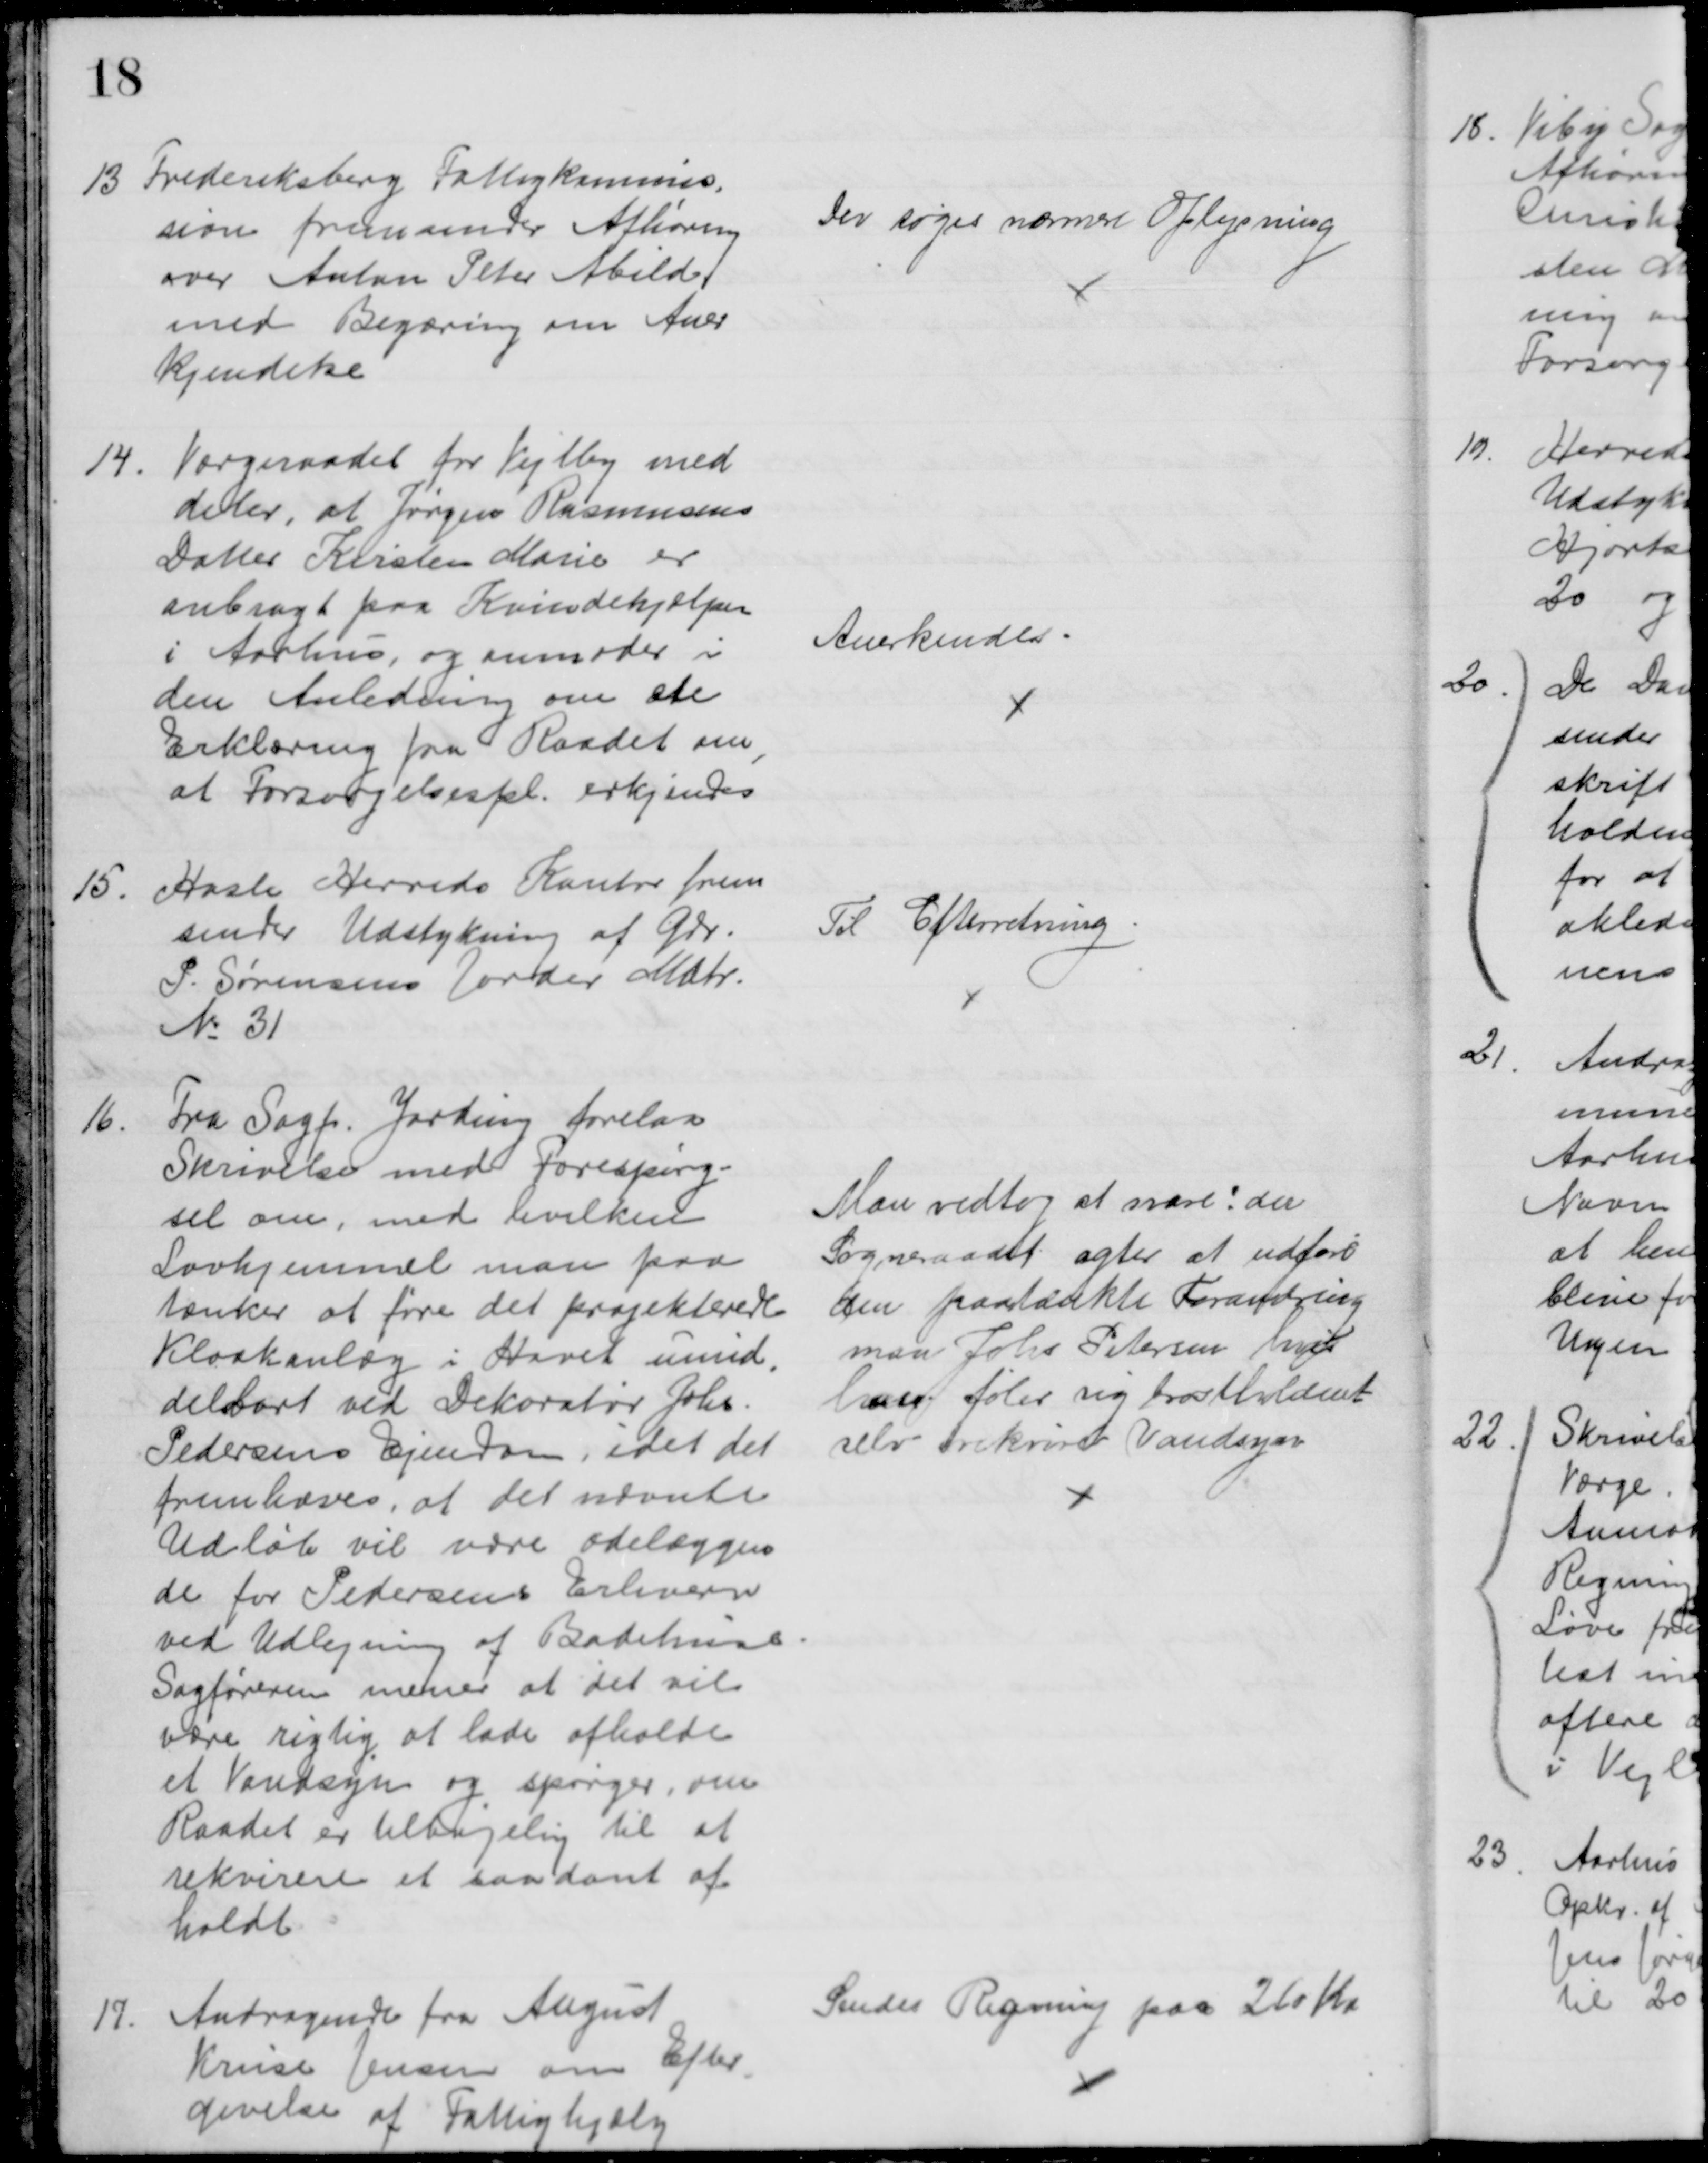
Transskription:
13 Frederiksberg Fattigkommis-
sion fremsender Afhøring
over Anton Peter Abild
med Begæring om Aner
kjendelse
Der søges nærmere Oplysning
14.
Værgeraadet for Vejlby med
deler, at Jørgen Rasmussens
Datter Kirsten Marie er
anbragt paa Kvindehjælpen
i Aarhus, og anmoder i
den Anledning om en
Erklæring fra Raadet om
at Forsørgelsespl. erkjendes
Anerkendes.
15.
Hasle Herreds Kontor frem
sender Udstykning af Gdr.
P. Sørensens Jorder Matr.
№ 31
Til Efterretning
16.
Fra Sagf. Jarding forelaa
Skrivelse med forespørg-
sel om, med hvilken
Lovhjemmel man paa
tænker at føre det projekterede
Kloakanlæg i Havet umid
-
delbart ved Dekoratør Johs.
Pedersens Ejendom, idet det
fremhæves, at det nævnte
Udløb vil være ødelæggen
de for Pedersens Erhverv
ved Udlejning af Badehuse
Sagføreren mener at det vil
være rigtig at lade afholde
et Vandsyn og spørger, om
Raadet er tilbøjelig til at
rekvirere et saadant af-
holdt
Man vedtog at svare: da
Sogneraadet agter at udføre
den paatænkte Forandring
maa Johs. Petersen hvis
han føler sig brøstholdent
selv rekvirere Vandsyn
17.
Andragende fra August
Kruse Jensen om Efter
-
givelse af Fattighjælp
Sendes Regning paa 260 Kr